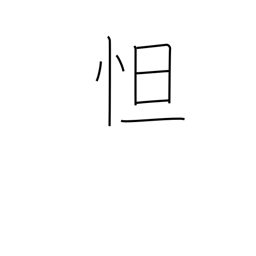
Meaning: be sad